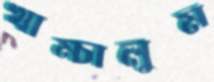
খাম্‌চালুম